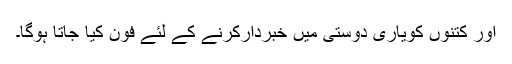
اور کتنوں کویاری دوستی میں خبردار‌کرنے کے لئے فون کیا جاتا ہوگا۔